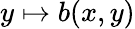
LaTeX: y\mapsto b(x,y)